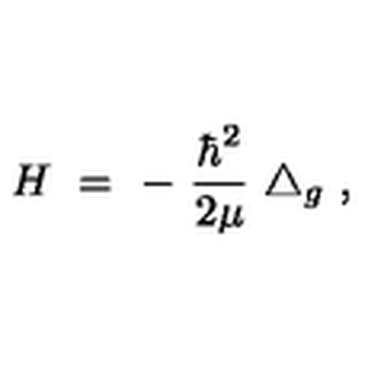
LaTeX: H \ = \ - \ \frac { \hbar ^ { 2 } } { 2 \mu } \ \triangle _ { g } \ ,